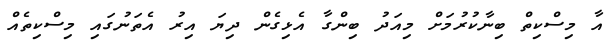
އާ މިސްކިތް ބިނާކުރުމަށް މިއަދު ބިންގާ އެޅިގެން ދިޔަ އިރު އެތަނުގައި މިސްކިތެއް